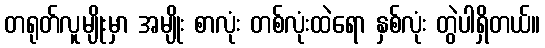
တရုတ်လူမျိုးမှာ အမျိုး စာလုံး တစ်လုံးထဲရော နှစ်လုံး တွဲပါရှိတယ်။